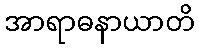
အာရာဓနာယာတိ